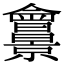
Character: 𠑱